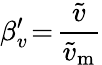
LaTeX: \beta_{v}^{\prime}\! =\! \frac{\widetilde{v}}{\widetilde{v}_{\mathrm{m}}}